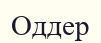
Оддер